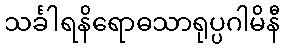
သင်္ခါရနိရောဓသာရုပ္ပဂါမိနီ